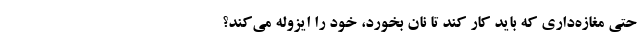
حتی مغازه‌داری که باید کار کند تا نان بخورد، خود را ایزوله می‌کند؟